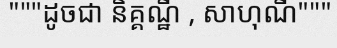
"""ដូចជា និគ្គណ្ឋី , សាហុណី"""